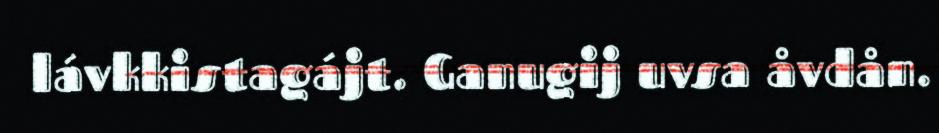
lávkkistagájt. Ganugij uvsa åvdån.